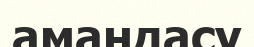
амандасу